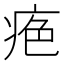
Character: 𤶋